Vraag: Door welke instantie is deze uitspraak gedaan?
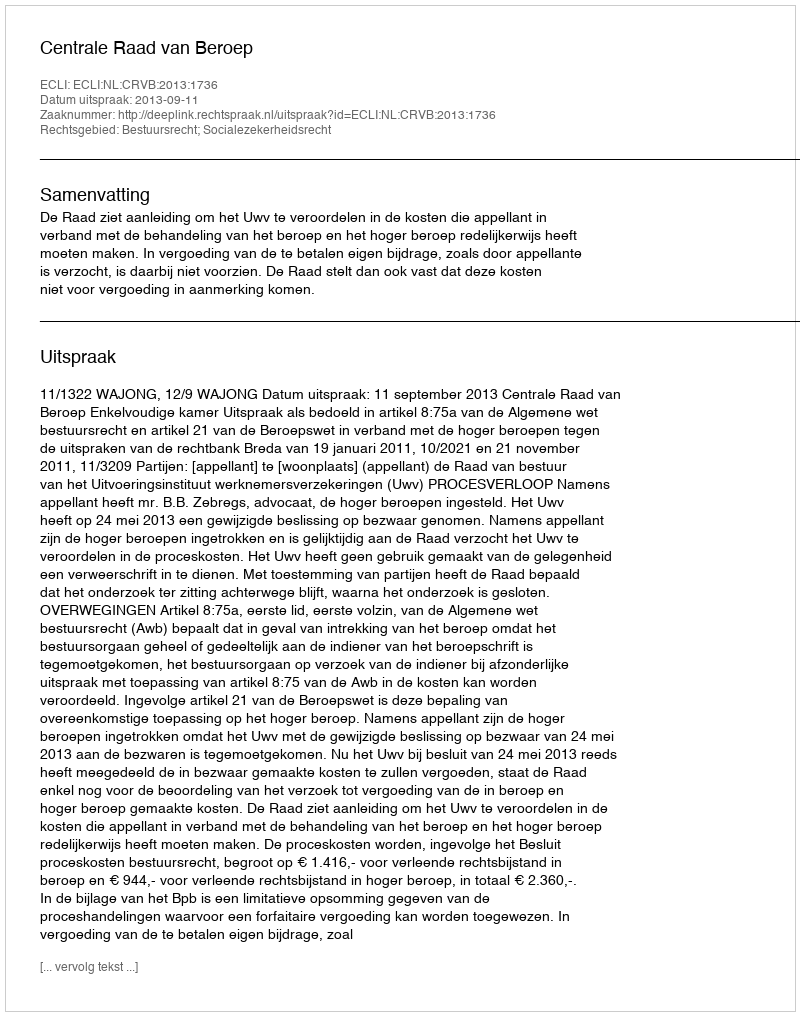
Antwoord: Centrale Raad van Beroep